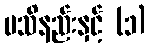
မသိနည်းနှင့် (၁)